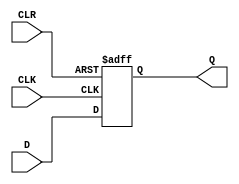
module d_flip_flop (
    input wire D,
    input wire CLK,
    input wire CLR,
    output reg Q
);

always @(posedge CLK or posedge CLR)
begin
    if (CLR)
        Q <= 1'b0; // Reset to known state
    else
        Q <= D; // Store value of D on rising edge of clock signal
end

endmodule